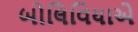
બોલિવિયાએ